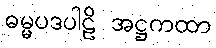
ဓမ္မပဒပါဠိ အဋ္ဌကထာ